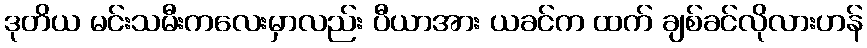
ဒုတိယ မင်းသမီးကလေးမှာလည်း ပီယာအား ယခင်က ထက် ချစ်ခင်လိုလားဟန်